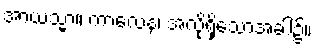
အာယသ္မာ။ ကာလေန၊ အလိုရှိသောအခါ၌။